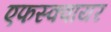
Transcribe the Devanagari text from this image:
एफस्क्वायर